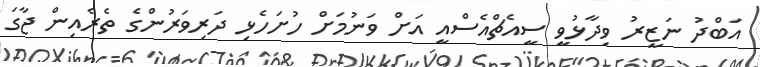
އަބްދު ނަޒީރު ވިދާޅުވީ ސީއެޗްއެސްއީ އަށް ވަނުމަށް ހުށަހެޅި ދަރިވަރުންގެ ތެރެއިން ޖާގަ